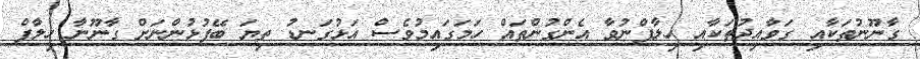
ގާނޫނުތަކާއި ގަވާއިދުތަކާއި ހިލާފްނުވާ އެންގުންތައް ހަމަގައިމުވެސް އަޅުގަނޑު ތިޔަ ބޭފުޅުންނަށް ގާނޫނާ ހިލާފް